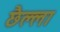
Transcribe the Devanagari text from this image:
छैल्ला